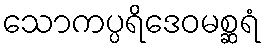
သောကပ္ပရိဒေဝမစ္ဆရံ